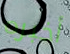
أخبره